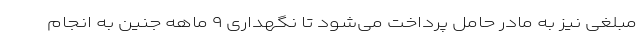
مبلغی نیز به مادر حامل پرداخت می‌شود تا نگهداری ۹ ماهه جنین به انجام